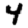
Digit: 4